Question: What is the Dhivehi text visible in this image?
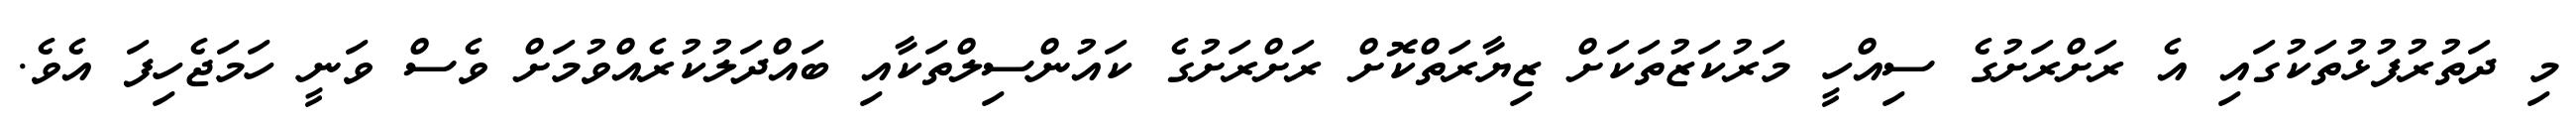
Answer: މި ދަތުރުފުޅުތަކުގައި އެ ރަށްރަށުގެ ސިއްހީ މަރުކަޒުތަކަށް ޒިޔާރަތްކޮށް ރަށްރަށުގެ ކައުންސިލްތަކާއި ބައްދަލުކުރެއްވުމަށް ވެސް ވަނީ ހަމަޖެހިފަ އެވެ.